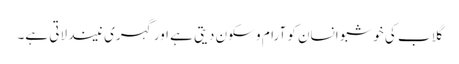
گلاب کی خوشبو انسان کو آرام و سکون دیتی ہے اور گہری نیند لاتی ہے۔